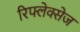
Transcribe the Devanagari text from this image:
रिफ्लेक्सेज